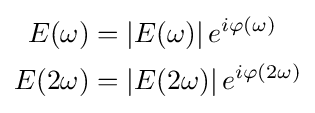
{\begin{aligned}E(\omega )&=\left|E(\omega )\right|e^{i\varphi (\omega )}\\E(2\omega )&=\left|E(2\omega )\right|e^{i\varphi (2\omega )}\end{aligned}}